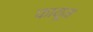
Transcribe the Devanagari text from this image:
फायूम